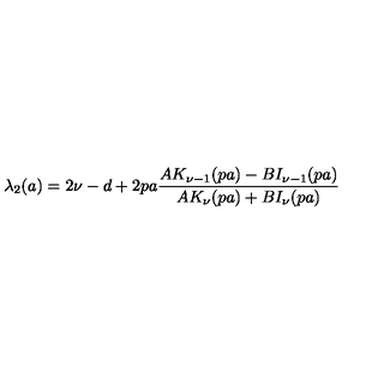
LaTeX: \lambda _ { 2 } ( a ) = 2 \nu - d + 2 p a \frac { A K _ { \nu - 1 } ( p a ) - B I _ { \nu - 1 } ( p a ) } { A K _ { \nu } ( p a ) + B I _ { \nu } ( p a ) }